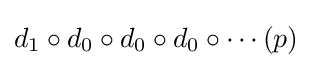
d_{1}\circ d_{0}\circ d_{0}\circ d_{0}\circ \cdots (p)